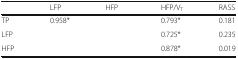
<table><thead><tr><td>[EMPTY_CELL]</td><td><b>LFP</b></td><td><b>HFP</b></td><td><b>HFP/V<sub>T</sub></b></td><td><b>RASS</b></td></tr></thead><tbody><tr><td>TP</td><td>0.958*</td><td>[EMPTY_CELL]</td><td>0.793*</td><td>0.181</td></tr><tr><td>LFP</td><td>[EMPTY_CELL]</td><td>[EMPTY_CELL]</td><td>0.725*</td><td>0.235</td></tr><tr><td>HFP</td><td>[EMPTY_CELL]</td><td>[EMPTY_CELL]</td><td>0.878*</td><td>0.019</td></tr></tbody></table>